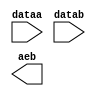
module compare10to10 (
	dataa,
	datab,
	aeb);

	input	[9:0]  dataa;
	input	[9:0]  datab;
	output	  aeb;

endmodule